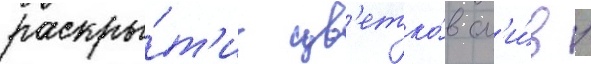
раскры́т'ие цв'етко́в сл'и́в /